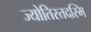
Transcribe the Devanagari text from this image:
ज्योतिस्तदस्मि